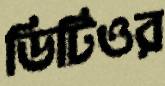
ডিটিওর